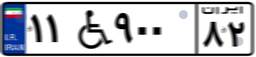
۱۱W۹۰۰۸۲